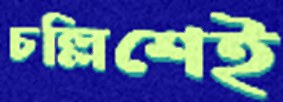
চল্লিশেই